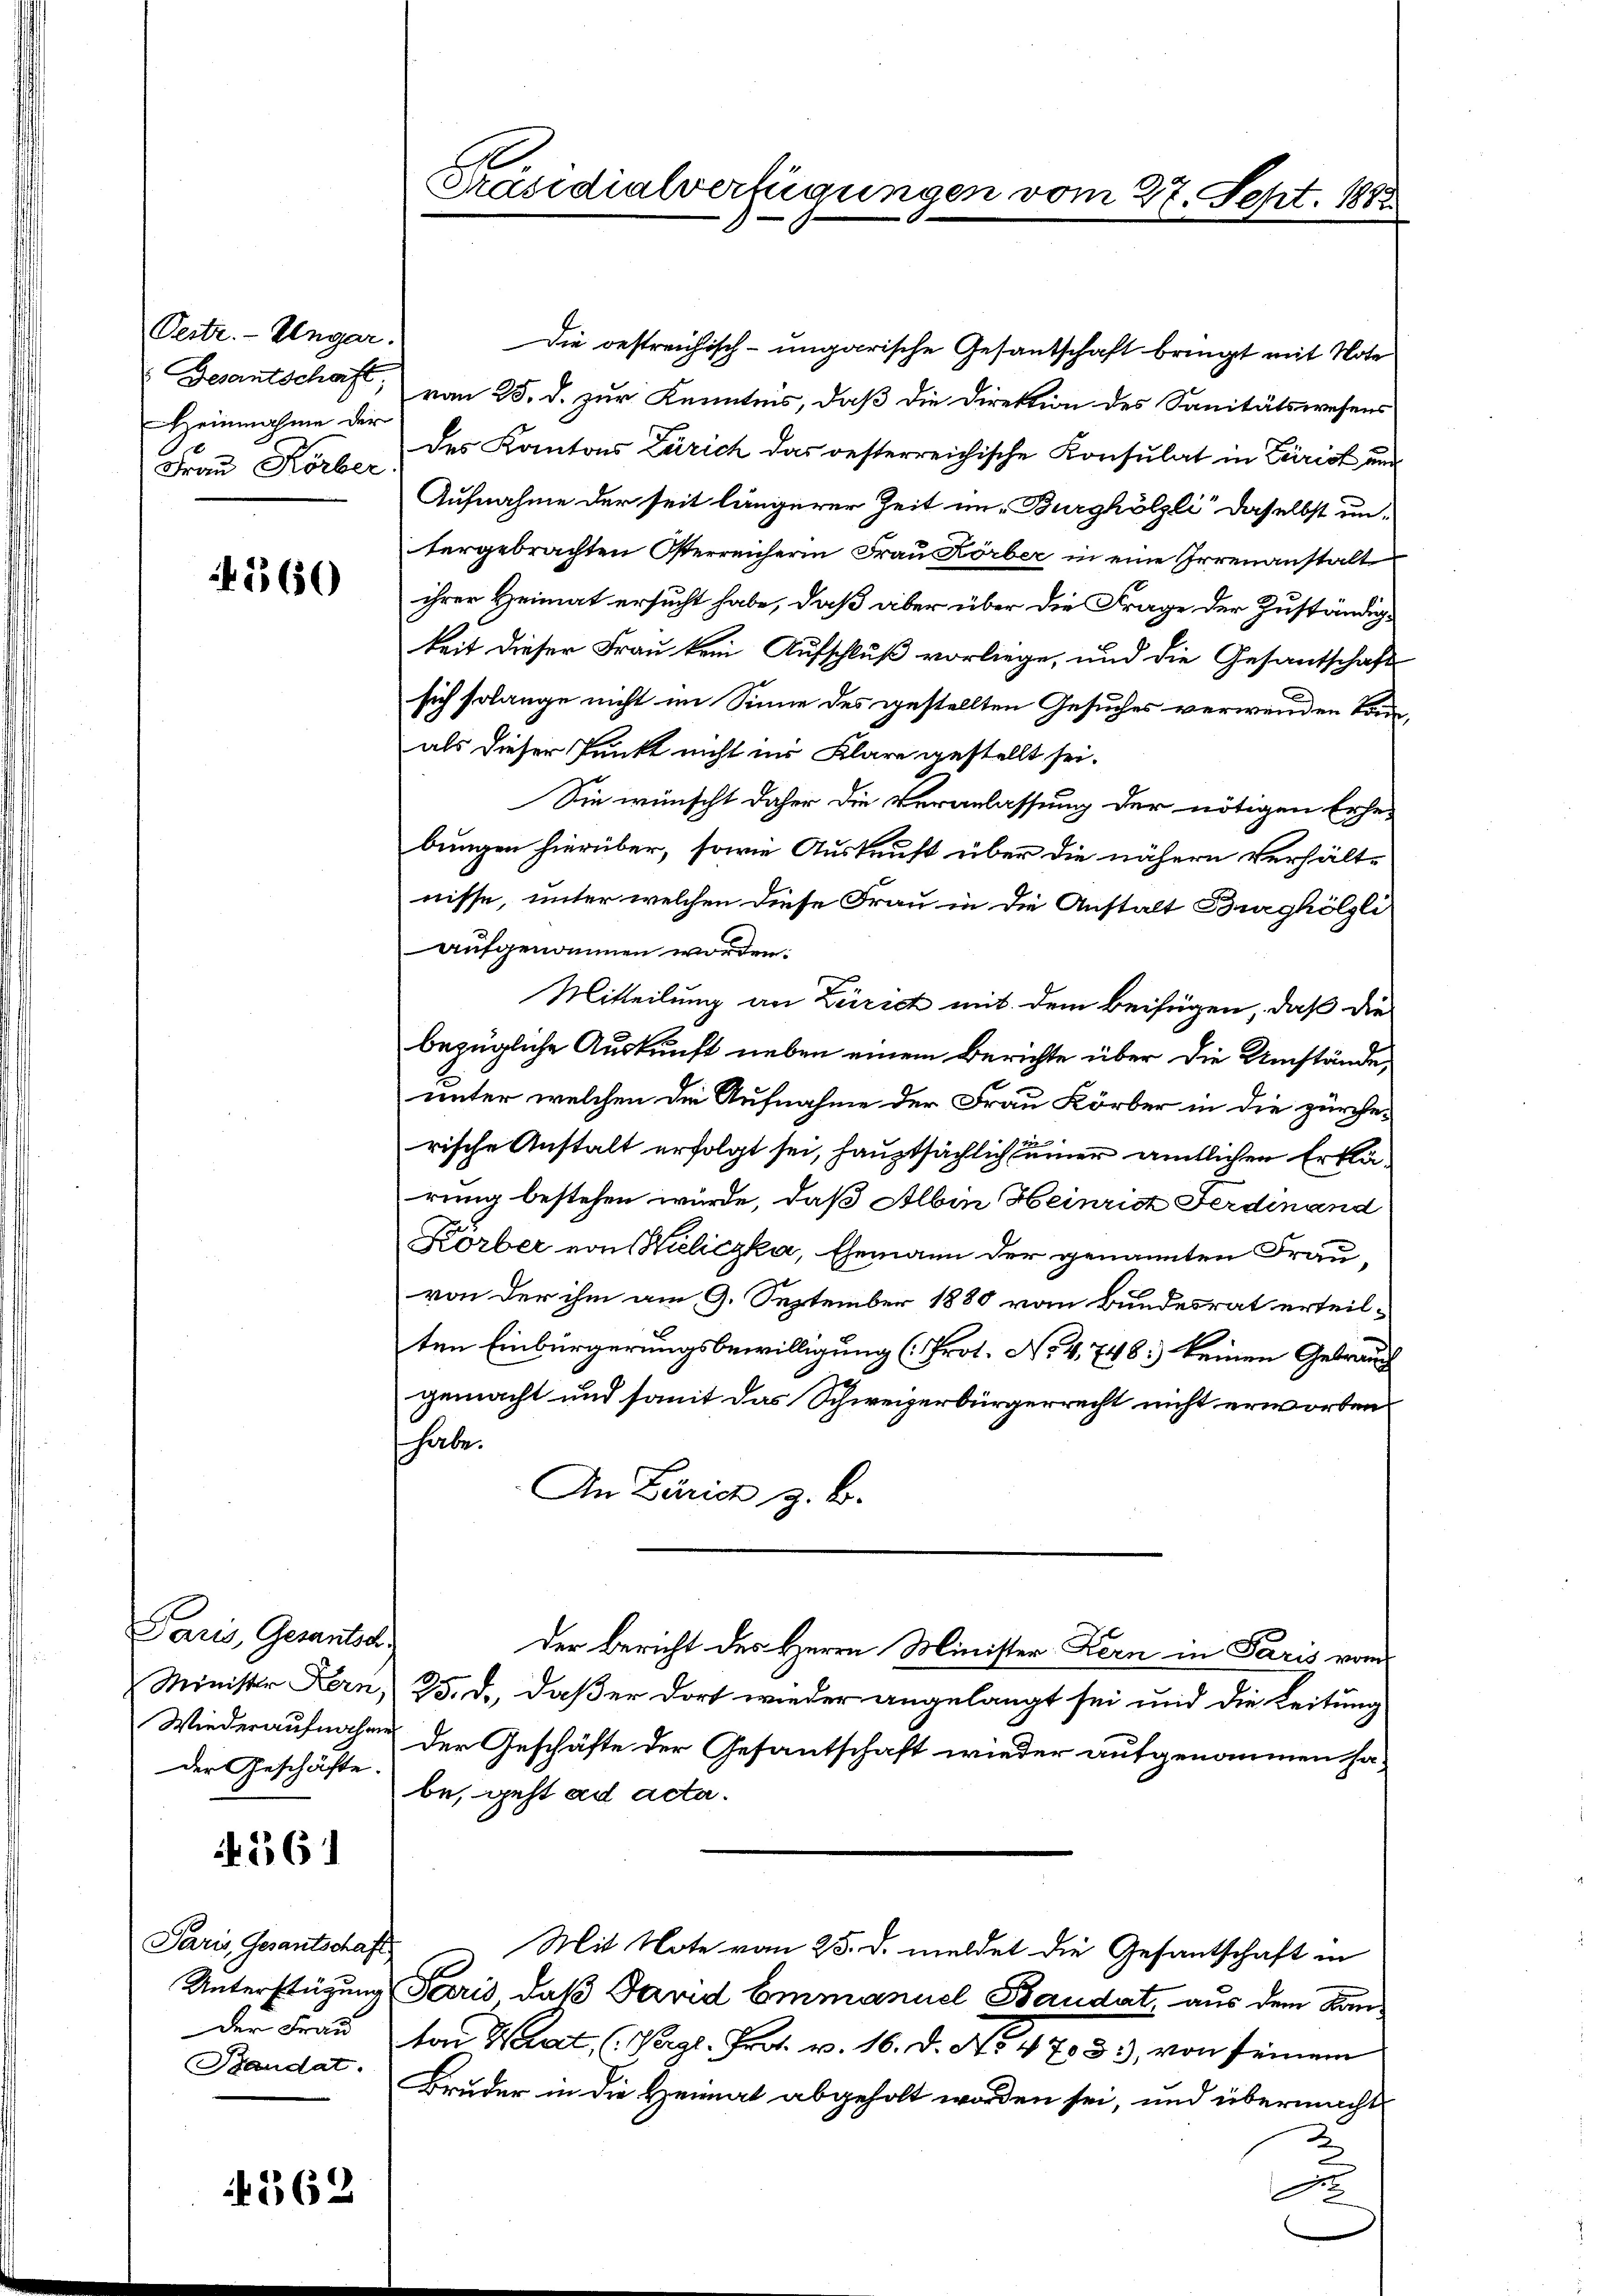
Oestr. Ungar.
Heinnahme der
Frau Körber

560

Paris, Gesantsc
der Geschäfte.

N. 1361

Paris, Gesantschaft
der Frau
Bandat.

562

Die bestreichisch-ungarische Gesandschaft bringt mit Note
Gesantschaft, vom 25. d. zur Kenntnis, daß die Direktion des Sanitätswesens
des Kantons Zürich das oesterreichische Konsulat in Zürich und
Aufnahme der seit längerer Zeit im Burghölzli daselbst untergebrachten Osterreicherin Frau Körber in eine Irrenanstalt
ihrer Heimat ersucht habe, daß aber über die Frage der Zuständigkeit dieser Frau kein Aufschluß vorliege, und die Gesantschaft
sich solange nicht im Sinne des gestellten Gesuches verwenden könals dieser Punkt nicht in Klare gestellt sei.
Sie wünscht daher die Veranlassung der nötigen Erhebungen hierüber, sowie Auskunft über die nähern Verhält-
nisse, unter welchen diese Frau in die Anstalt Burghölzli
aufgenommen worden.
Mitteilung an Zürich mit dem Beifügen, daß die
bezügliche Auskunft neben einem Berichte über die Umstände
unter welchen die Aufnahme der Frau Körber in die zürcherische Anstalt erfolgt sei, hauptsächlich einer amtlichen Erklärung bestehen würde, daß Albin Heinrist Ferdinand
Körber von Weliczka, Ehemann der genannten Frauvon der ihm am 9. September 1880 vom Bundesrat erteilten Einbürgerungsbewilligung (Prot. No. 4748) keinen Gebrauch
gemacht und somit das Schweizerbürgerrecht nicht erworben.
habe.
An Zürich z. B.
Der Bericht des Herrn Minister Kern in Paris vom
Minister Kern, 25. d. daß er dort wieder angelangt sei und die Leitung
Wiederaufnahme der Geschäfte der Gesantschaft wieder aufgenommen ha-
be, geht ad acta.
Mit Note vom 25. d. meldet die Gesantschaft in
Unterstüzung Paris, daß David Emmanuel Baudat, aus dem Kanton Wrat (Vergl. Prot. v. 16. d. No. 47033), von seinem
Bruder in die Heimat abgeholt worden sei, und übermacht
Fr

B
Präsidialverfügunge

227. Sept. 1882